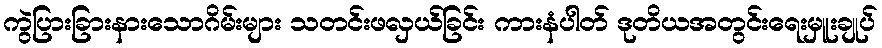
ကွဲပြားခြားနားသောဂိမ်းများ သတင်းဖလှယ်ခြင်း ကားနံပါတ် ဒုတိယအတွင်းရေးမှူးချုပ်